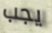
يجب